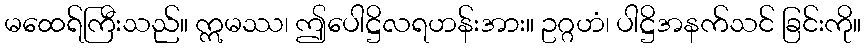
မထေရ်ကြီးသည်။ ဣမဿ၊ ဤပေါဋ္ဌိလရဟန်းအား။ ဥဂ္ဂဟံ၊ ပါဋ္ဌိအနက်သင် ခြင်းကို။